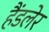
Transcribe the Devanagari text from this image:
हैंडलेर